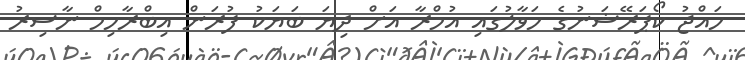
ހައްޖު ކޯޕަރޭޝަނުގެ ހަވާލުގައި އުމްރާ އަށް ދިޔަ ބަޔަކު ފުރަން އިބްރާހިމް ނާސިރު